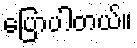
ပြောပါတယ်။